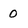
Character: 0